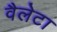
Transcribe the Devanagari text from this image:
वैलेटा